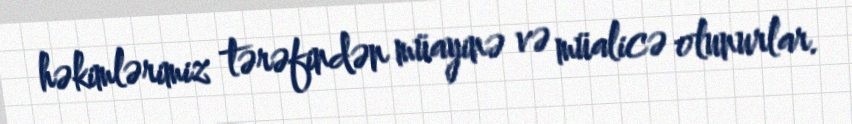
həkimlərimiz tərəfindən müayinə və müalicə olunurlar.